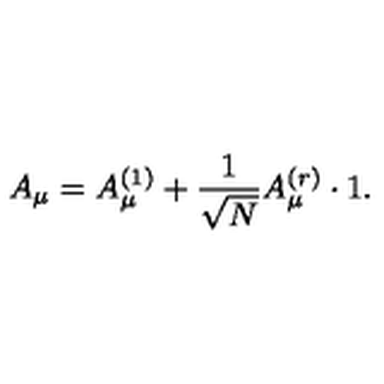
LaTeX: A _ { \mu } = A _ { \mu } ^ { ( 1 ) } + \frac 1 { \sqrt { N } } A _ { \mu } ^ { ( r ) } \cdot 1 .